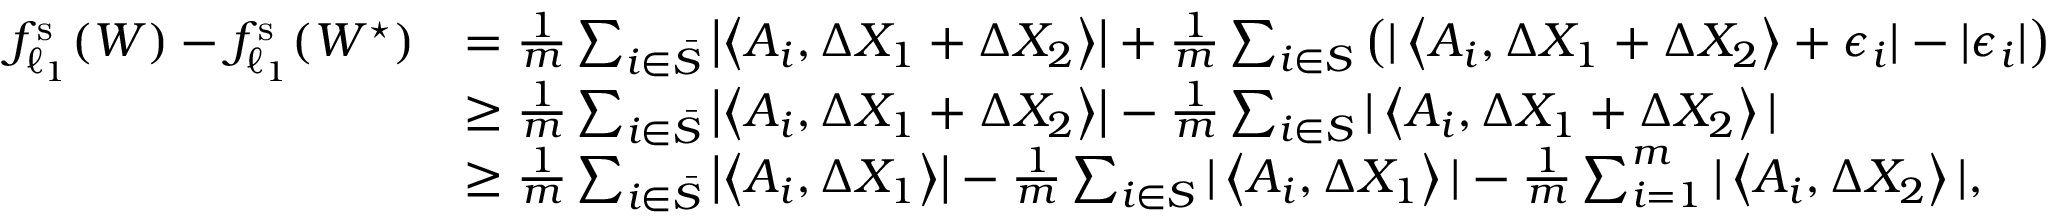
\begin{array} { r l } { f _ { \ell _ { 1 } } ^ { \mathrm { s } } ( W ) - f _ { \ell _ { 1 } } ^ { \mathrm { s } } ( W ^ { \star } ) } & { = \frac { 1 } { m } \sum _ { i \in \bar { S } } \left| \left\langle A _ { i } , \Delta X _ { 1 } + \Delta X _ { 2 } \right\rangle \right| + \frac { 1 } { m } \sum _ { i \in S } \left( | \left\langle A _ { i } , \Delta X _ { 1 } + \Delta X _ { 2 } \right\rangle + \epsilon _ { i } | - | \epsilon _ { i } | \right) } \\ & { \geq \frac { 1 } { m } \sum _ { i \in \bar { S } } \left| \left\langle A _ { i } , \Delta X _ { 1 } + \Delta X _ { 2 } \right\rangle \right| - \frac { 1 } { m } \sum _ { i \in S } | \left\langle A _ { i } , \Delta X _ { 1 } + \Delta X _ { 2 } \right\rangle | } \\ & { \geq \frac { 1 } { m } \sum _ { i \in \bar { S } } \left| \left\langle A _ { i } , \Delta X _ { 1 } \right\rangle \right| - \frac { 1 } { m } \sum _ { i \in S } | \left\langle A _ { i } , \Delta X _ { 1 } \right\rangle | - \frac { 1 } { m } \sum _ { i = 1 } ^ { m } | \left\langle A _ { i } , \Delta X _ { 2 } \right\rangle | , } \end{array}